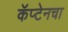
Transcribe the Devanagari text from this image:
कॅप्टेनचा